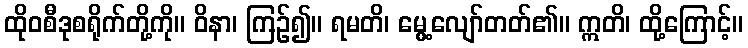
ထိုဝစီဒုစရိုက်တို့ကို။ ဝိနာ၊ ကြဉ်၍။ ရမတိ၊ မွေ့လျော်တတ်၏။ ဣတိ၊ ထို့ကြောင့်။